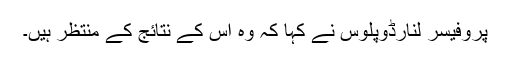
پروفیسر لنارڈوپلوس نے کہا کہ وہ اس کے نتائج کے منتظر ہیں۔